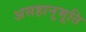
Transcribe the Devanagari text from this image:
असहानुभूति